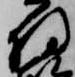
将